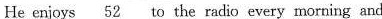
He enjoys \underline{52} to the radio every morning and